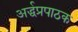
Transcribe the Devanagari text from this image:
अर्द्धप्रपाठक